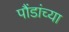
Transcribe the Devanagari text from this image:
पौंडांच्या